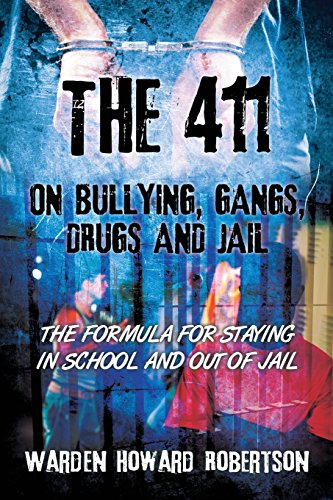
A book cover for The 411 on Bullying, Gangs, Drugs and Jail: The Formula for Staying in School and Out of Jail; Warden Howard Robertson; Teen & Young Adult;